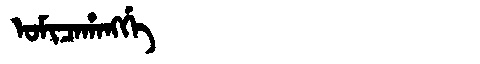
Manchu: ᠣᠮᡳᠴᠠᡥᠠᠩᡤᡝ
Romanization: OMICAHANGGE